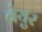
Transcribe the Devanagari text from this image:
ब्रेयुर